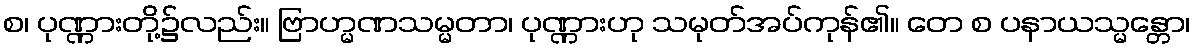
စ၊ ပုဏ္ဏားတို့၌လည်း။ ဗြာဟ္မဏသမ္မတာ၊ ပုဏ္ဏားဟု သမုတ်အပ်ကုန်၏။ တေ စ ပနာယသ္မန္တော၊